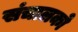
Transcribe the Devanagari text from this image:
संचालको